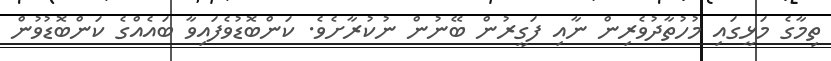
ތިމާގެ މަޅީގައި މުހުތާދުވެރިން ނާއި ފަގީރުން ބޭނުން ނުކުރާށެވެ. ކަންބޮޑުވެފައިވާ ބައެއްގެ ކަންބޮޑުވުން